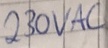
Text: 230VAC